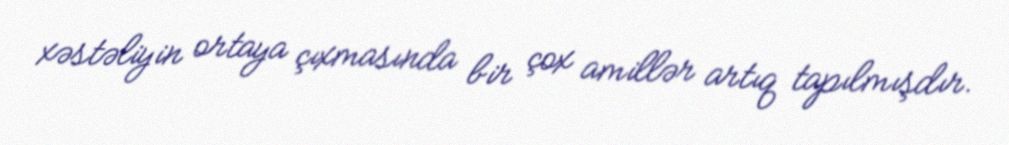
xəstəliyin ortaya çıxmasında bir çox amillər artıq tapılmışdır.